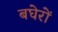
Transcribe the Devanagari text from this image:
बघेरों